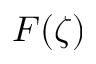
F ( \zeta )